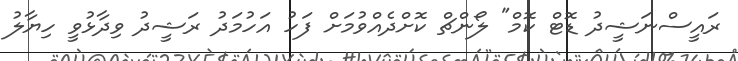
ރައީސްނަޝީދު ޑޮޓް ކޮމް" ލޯންޗް ކޮށްދެއްވުމަށް ފަހު އަހުމަދު ރަޝީދު ވިދާޅުވީ ހިޔާލު